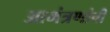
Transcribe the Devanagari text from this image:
आमंत्रणांची